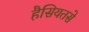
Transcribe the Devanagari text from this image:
हैसियतसे